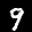
Label: 9